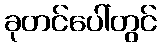
ခုတင်ပေါ်တွင်